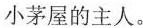
小茅屋的主人。